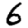
Digit: 6